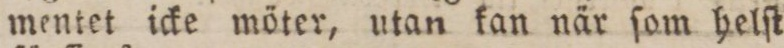
mentet icke möter, utan kan när ſom helſt